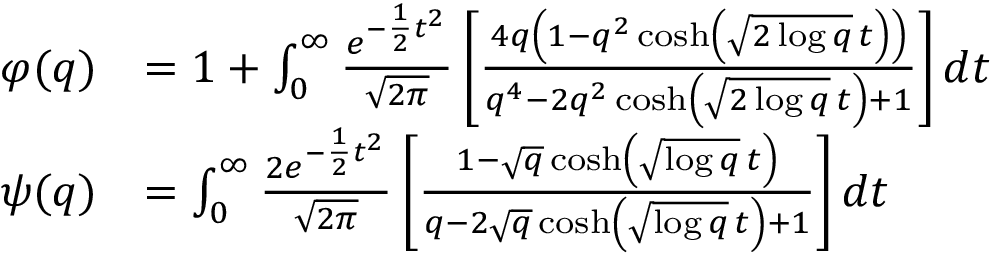
{ \begin{array} { r l } { \varphi ( q ) } & { = 1 + \int _ { 0 } ^ { \infty } { \frac { e ^ { - { \frac { 1 } { 2 } } t ^ { 2 } } } { \sqrt { 2 \pi } } } \left[ { \frac { 4 q \left( 1 - q ^ { 2 } \cosh \left( { \sqrt { 2 \log q } } \, t \right) \right) } { q ^ { 4 } - 2 q ^ { 2 } \cosh \left( { \sqrt { 2 \log q } } \, t \right) + 1 } } \right] d t } \\ { \psi ( q ) } & { = \int _ { 0 } ^ { \infty } { \frac { 2 e ^ { - { \frac { 1 } { 2 } } t ^ { 2 } } } { \sqrt { 2 \pi } } } \left[ { \frac { 1 - { \sqrt { q } } \cosh \left( { \sqrt { \log q } } \, t \right) } { q - 2 { \sqrt { q } } \cosh \left( { \sqrt { \log q } } \, t \right) + 1 } } \right] d t } \end{array} }